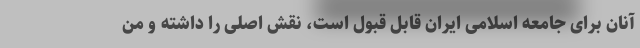
آنان برای جامعه اسلامی ایران قابل قبول است، نقش اصلی را داشته و من